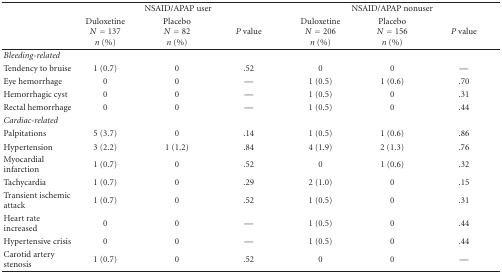
<table><thead><tr><td></td><td colspan="3"><b>NSAID/APAP user</b></td><td colspan="3"><b>NSAID/APAP nonuser</b></td></tr><tr><td></td><td><b>Duloxetine<i>N</i> = 137<i>n</i> (%)</b></td><td><b>Placebo <i>N</i> = 82<i>n</i> (%)</b></td><td><b><i>P</i> value</b></td><td><b>Duloxetine <i>N</i> = 206<i>n</i> (%)</b></td><td><b>Placebo <i>N</i> = 156<i>n</i> (%)</b></td><td><b><i>P</i> value</b></td></tr></thead><tbody><tr><td><i>Bleeding-related </i></td><td> </td><td> </td><td> </td><td> </td><td> </td><td> </td></tr><tr><td>Tendency to bruise</td><td>1 (0.7)</td><td>0</td><td>.52</td><td>0</td><td>0</td><td>—</td></tr><tr><td>Eye hemorrhage</td><td>0</td><td>0</td><td>—</td><td>1 (0.5)</td><td>1 (0.6)</td><td>.70</td></tr><tr><td>Hemorrhagic cyst</td><td>0</td><td>0</td><td>—</td><td>1 (0.5)</td><td>0</td><td>.31</td></tr><tr><td>Rectal hemorrhage</td><td>0</td><td>0</td><td>—</td><td>1 (0.5)</td><td>0</td><td>.44</td></tr><tr><td><i>Cardiac-related</i></td><td> </td><td> </td><td> </td><td> </td><td> </td><td> </td></tr><tr><td>Palpitations</td><td>5 (3.7)</td><td>0</td><td>.14</td><td>1 (0.5)</td><td>1 (0.6)</td><td>.86</td></tr><tr><td>Hypertension</td><td>3 (2.2)</td><td>1 (1.2)</td><td>.84</td><td>4 (1.9)</td><td>2 (1.3)</td><td>.76</td></tr><tr><td>Myocardial infarction</td><td>1 (0.7)</td><td>0</td><td>.52</td><td>0</td><td>1 (0.6)</td><td>.32</td></tr><tr><td>Tachycardia</td><td>1 (0.7)</td><td>0</td><td>.29</td><td>2 (1.0)</td><td>0</td><td>.15</td></tr><tr><td>Transient ischemic attack</td><td>1 (0.7)</td><td>0</td><td>.52</td><td>1 (0.5)</td><td>0</td><td>.31</td></tr><tr><td>Heart rate increased</td><td>0</td><td>0</td><td>—</td><td>1 (0.5)</td><td>0</td><td>.44</td></tr><tr><td>Hypertensive crisis</td><td>0</td><td>0</td><td>—</td><td>1 (0.5)</td><td>0</td><td>.44</td></tr><tr><td>Carotid artery stenosis</td><td>1 (0.7)</td><td>0</td><td>.52</td><td>0</td><td>0</td><td>—</td></tr></tbody></table>